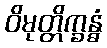
ဝိမုတ္တိက္ခန္ဓံ